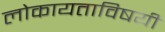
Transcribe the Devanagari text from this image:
लोकायताविषयी